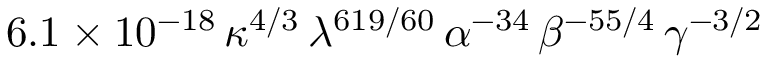
6 . 1 \times 1 0 ^ { - 1 8 } \, \kappa ^ { 4 / 3 } \, \lambda ^ { 6 1 9 / 6 0 } \, \alpha ^ { - 3 4 } \, \beta ^ { - 5 5 / 4 } \, \gamma ^ { - 3 / 2 }